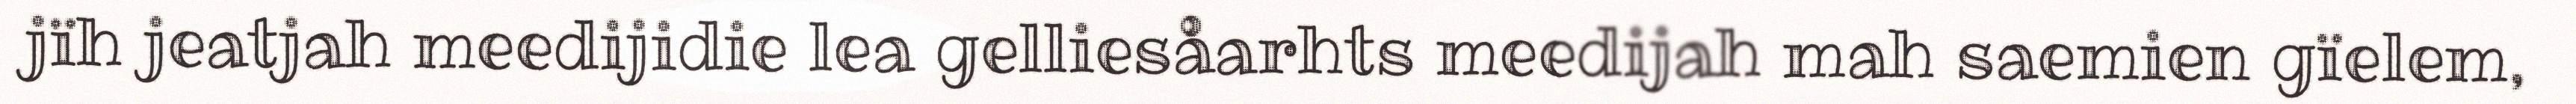
jïh jeatjah meedijidie lea gelliesåarhts meedijah mah saemien gïelem,